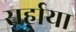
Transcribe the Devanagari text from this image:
सर्हाया